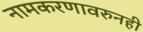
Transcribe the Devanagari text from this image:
नामकरणावरुनही